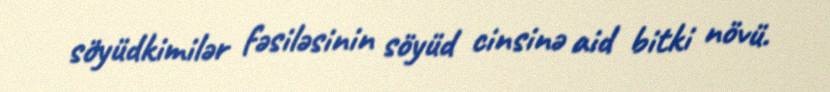
söyüdkimilər fəsiləsinin söyüd cinsinə aid bitki növü.